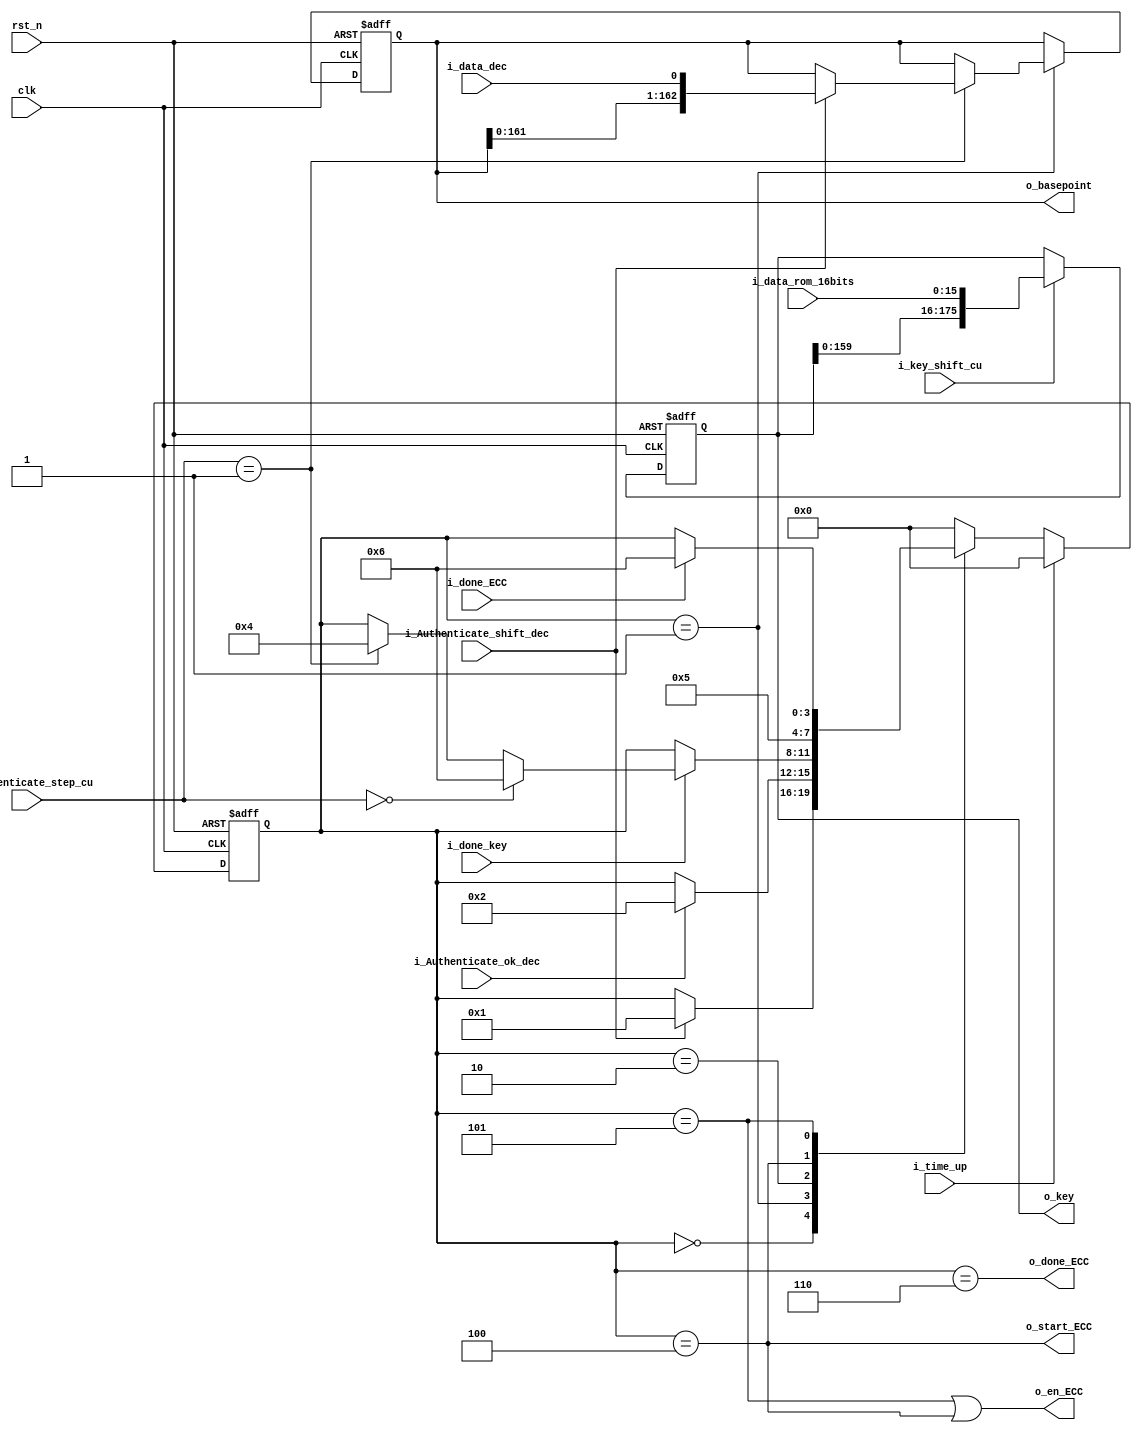
//`include "./parameters.v"
`timescale 1ns/1ns
module ECC_ctrl(
	input 			clk,
	input 			rst_n,
	input 			i_key_shift_cu,
	input 			i_time_up,
	input	[15:0] 	i_data_rom_16bits,
	input 			i_data_dec,
	input 			i_done_ECC,
	input 			i_done_key,
	input 			i_Authenticate_shift_dec,
	input 			i_Authenticate_ok_dec,
	input 	[1:0]	i_Authenticate_step_cu,
	output 		 	o_start_ECC,
	output 	[175:0] o_key,
	output 	[162:0] o_basepoint,
	output 		 	o_en_ECC,
	output 		 	o_done_ECC
	);
	
parameter Idle = 4'd0;
parameter Read_authen = 4'd1;
parameter Read_key = 4'd2;
parameter Load_key = 4'd3;
parameter Start_en = 4'd4;
parameter Computing = 4'd5;
parameter Computing_finish = 4'd6;

reg	[3:0] state_ECC;
reg	[3:0] state_next;
reg[175:0] key_reg;
reg[162:0] basepoint;

always @(posedge clk or negedge rst_n)
    if (!rst_n) 
		state_ECC<=Idle;
    else	if(i_time_up) 
				state_ECC<=Idle;
			else 
				state_ECC<=state_next;

always@(*)
begin
	state_next = state_ECC;
	case(state_ECC)
	Idle:
	if(i_Authenticate_shift_dec)
		state_next=Read_authen;
	else
		state_next=state_ECC;
	
	Read_authen:
	if(		i_Authenticate_ok_dec)
			state_next = Read_key;
	else
			state_next = state_ECC;
				
	Read_key:
	if(i_done_key)
		if (i_Authenticate_step_cu == 2'd0 )
			state_next = Computing_finish;
		else if (i_Authenticate_step_cu == 2'd1 )
			state_next = Start_en;
	else
		state_next = state_ECC;
		
	Start_en:
		state_next=Computing;
		
	Computing:
		if(i_done_ECC)
			state_next=Computing_finish;
		else
			state_next=state_next;
	
	Computing_finish:
		state_next=Idle;
	default: state_next=Idle;
	endcase
end

//-------gating information for ECC module-------//
assign o_start_ECC = state_ECC==Start_en;
assign o_key = key_reg;
assign o_basepoint = basepoint;
assign o_en_ECC = state_ECC==Computing||o_start_ECC;
assign o_done_ECC = state_ECC == Computing_finish;

//-------------load the key------------------//	
always@(posedge clk or negedge rst_n)
if(!rst_n)
	key_reg <= 176'b0;
else	if(i_key_shift_cu)
			key_reg <= {key_reg[159:0],i_data_rom_16bits};
		else
			key_reg <= key_reg;
//-------------load the basepoint------------------//	
always@(posedge clk or negedge rst_n)
if(!rst_n)
	basepoint <= 163'b0;
else	if(state_ECC == Read_authen)
		case(i_Authenticate_step_cu)
		2'd1:if(i_Authenticate_shift_dec)
			basepoint <= {basepoint[161:0],i_data_dec};
		default:;
		endcase
		else;
endmodule